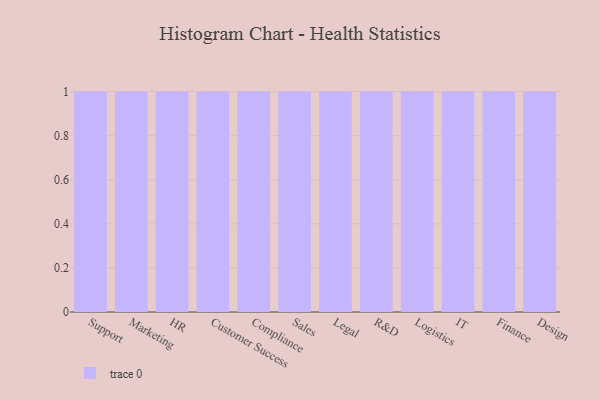
{"axis": {"x": "Department", "y": "LTV (USD)"}, "legend": [""], "data": [{"x": "Support", "y": 81, "type": ""}, {"x": "Marketing", "y": 55, "type": ""}, {"x": "HR", "y": 33, "type": ""}, {"x": "Customer Success", "y": 57, "type": ""}, {"x": "Compliance", "y": 77, "type": ""}, {"x": "Sales", "y": 88, "type": ""}, {"x": "Legal", "y": 90, "type": ""}, {"x": "R&D", "y": 26, "type": ""}, {"x": "Logistics", "y": 83, "type": ""}, {"x": "IT", "y": 35, "type": ""}, {"x": "Finance", "y": 22, "type": ""}, {"x": "Design", "y": 37, "type": ""}]}